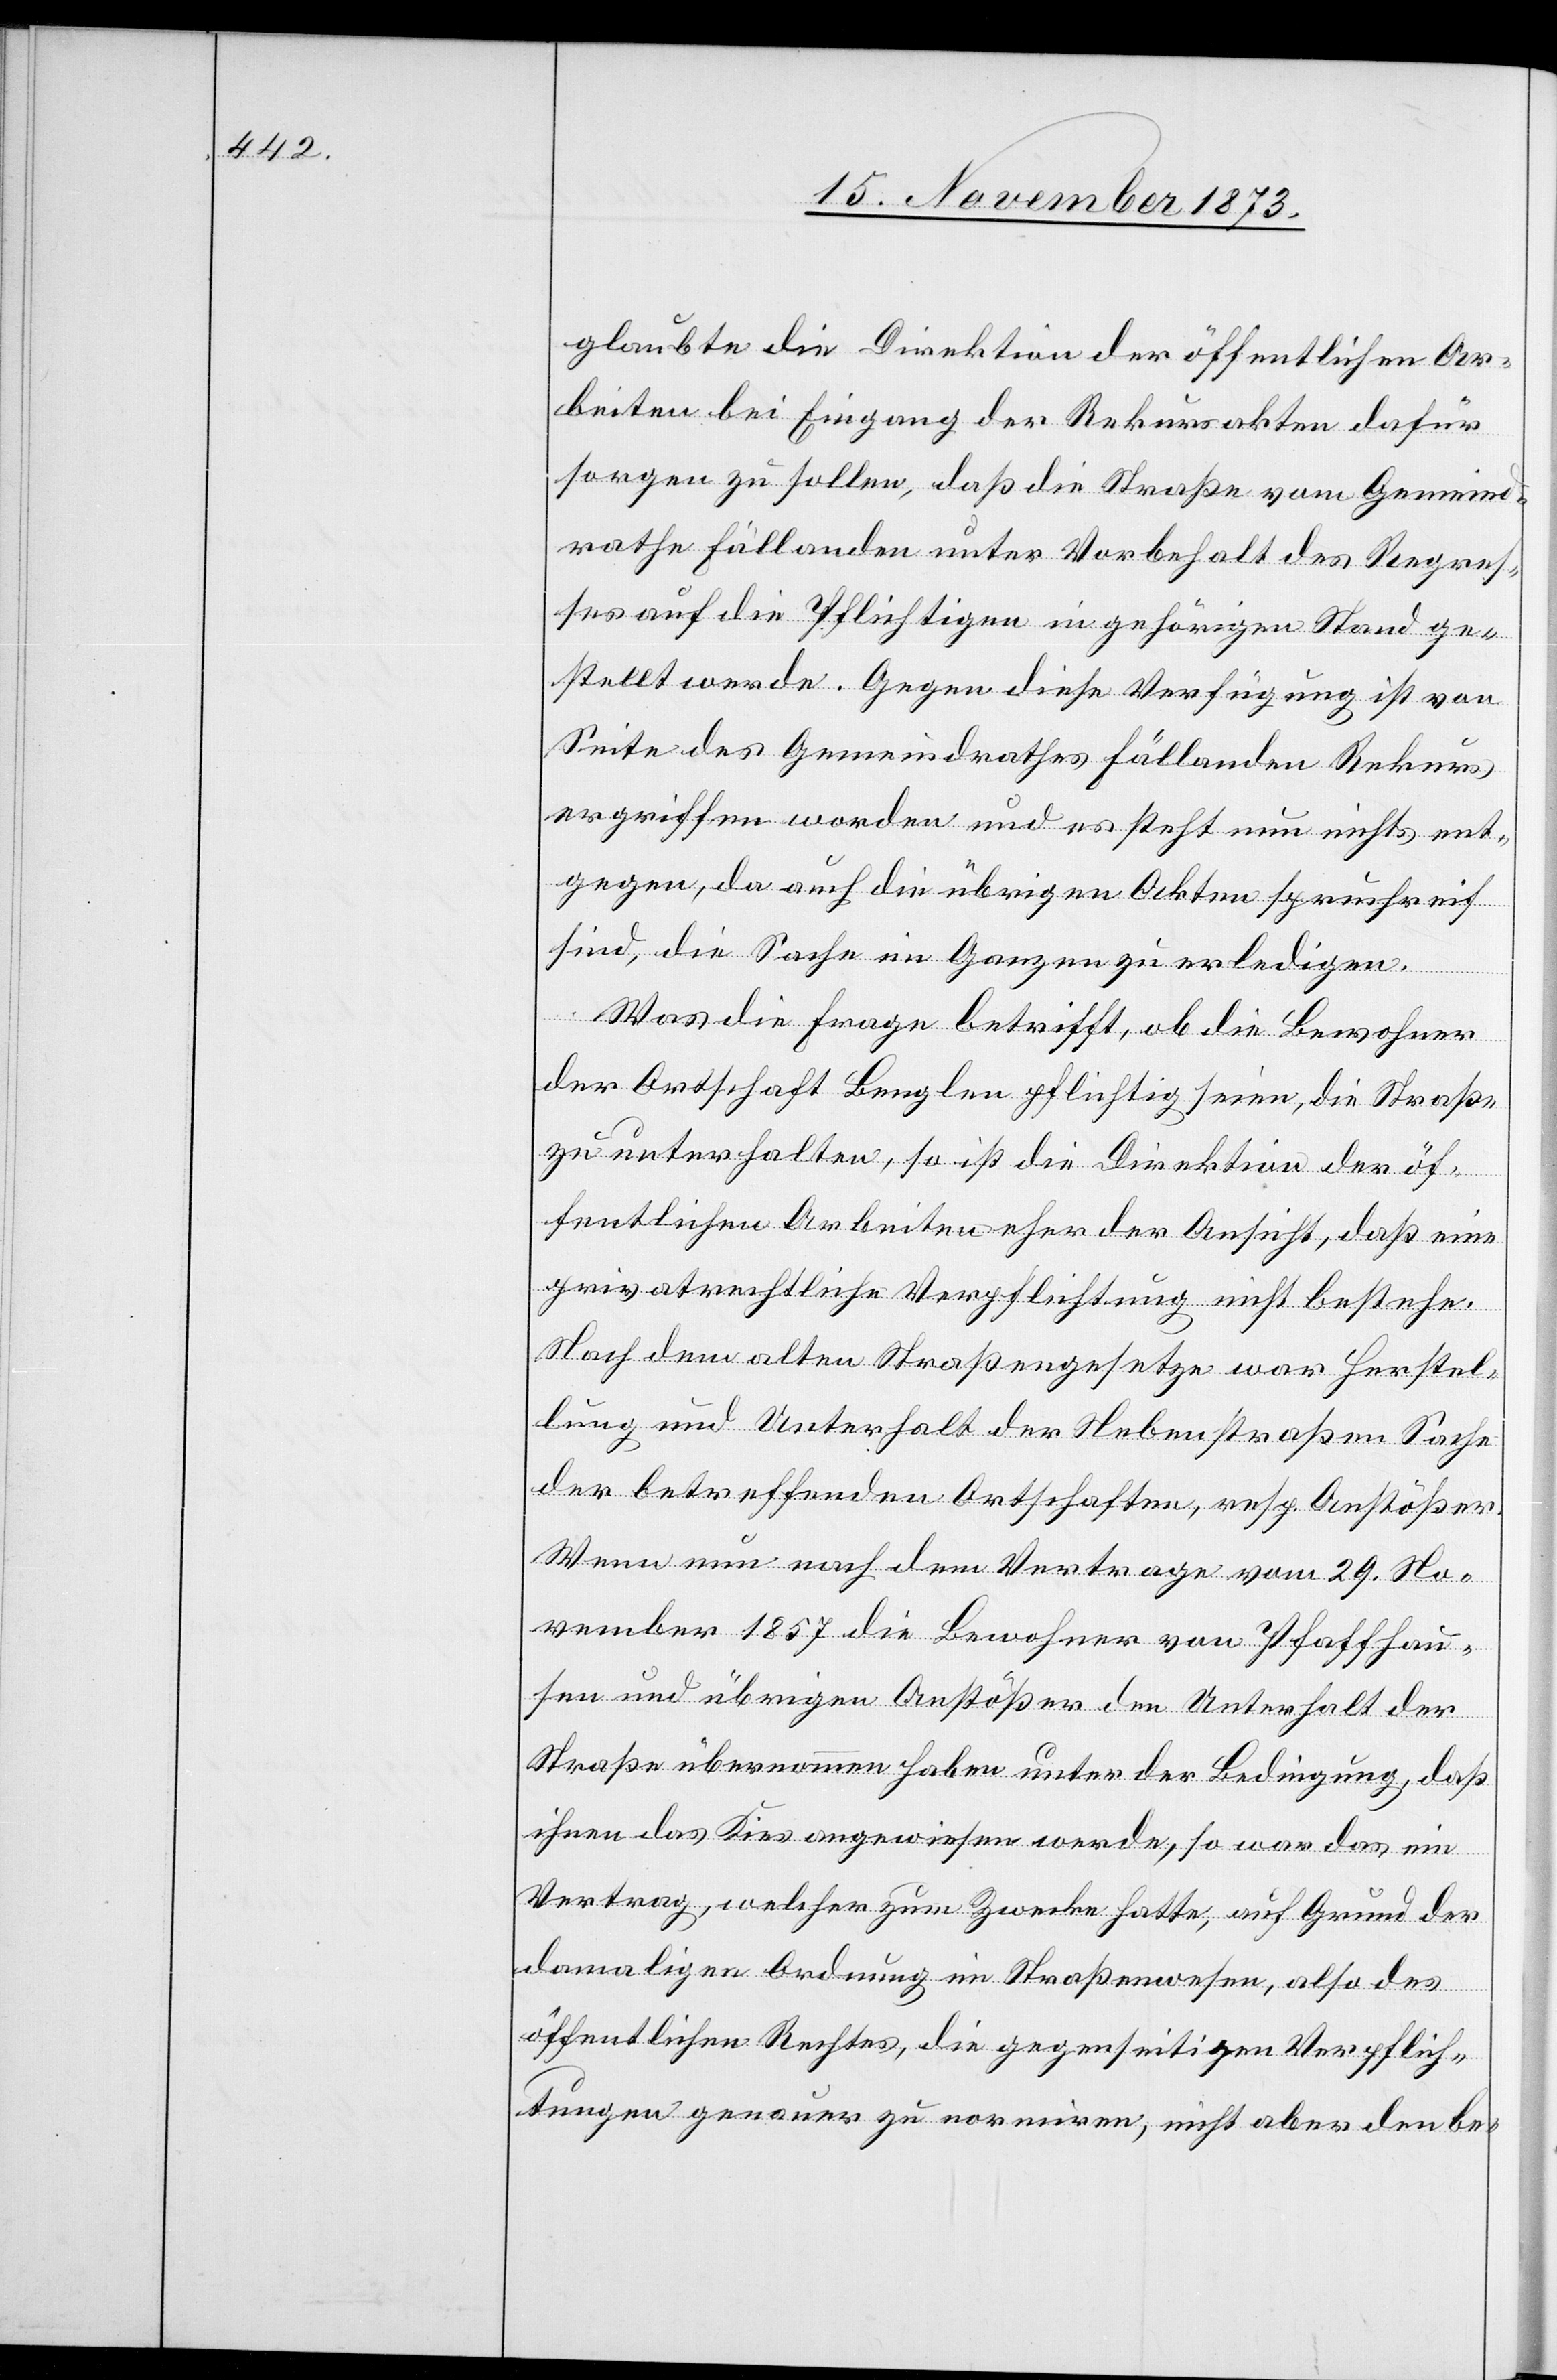
glaubte die Direktion der öffentlichen Ar¬
beiten bei Eingang der Rekursakten dafür
sorgen zu sollen, daß die Straße vom Gemeind¬
rathe Fällanden unter Vorbehalt des Regres¬
ses auf die Pflichtigen in gehörigen Stand ge¬
stellt werde. Gegen diese Verfügung ist von
Seite des Gemeindrathes Fällanden Rekurs
ergriffen worden und es steht nun nichts ent¬
gegen, da auch die übrigen Akten spruchreif
sind, die Sache im Ganzen zu erledigen.
Was die Frage betrifft, ob die Bewohner
der Ortschaft Benglen pflichtig seien, die Straße
zu unterhalten, so ist die Direktion der öf¬
fentlichen Arbeiten eher der Ansicht, daß eine
privatrechtliche Verpflichtung nicht bestehe.
Nach dem alten Straßengesetze war Herstel¬
lung und Unterhalt der Nebenstraßen Sache
der betreffenden Ortschaften, resp. Anstößer.
Wenn nun nach dem Vertrage vom 29. No¬
vember 1857 die Bewohner von Pfaffhau¬
sen und übrigen Anstößer den Unterhalt der
Straße übernommen haben unter der Bedingung, daß
ihnen das Kies angewiesen werde, so war das ein
Vertrag, welcher zum Zwecke hatte, auf Grund der
damaligen Ordnung im Straßenwesen, also des
öffentlichen Rechtes, die gegenseitigen Verpflich¬
tungen genauer zu normiren, nicht aber den be-